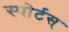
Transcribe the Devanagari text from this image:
स्पोर्टस्‌